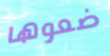
ضعوها